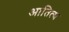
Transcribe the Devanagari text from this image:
आतित्थ